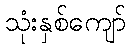
သုံးနှစ်ကျော်